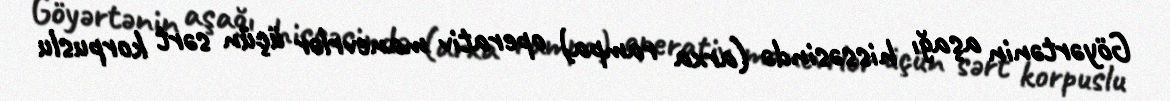
Göyərtənin aşağı hissəsində (arxa rampa) operativ manevrlər üçün sərt korpuslu